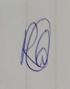
Signature authenticity: genuine